Leaving Certificate Examination, 1925
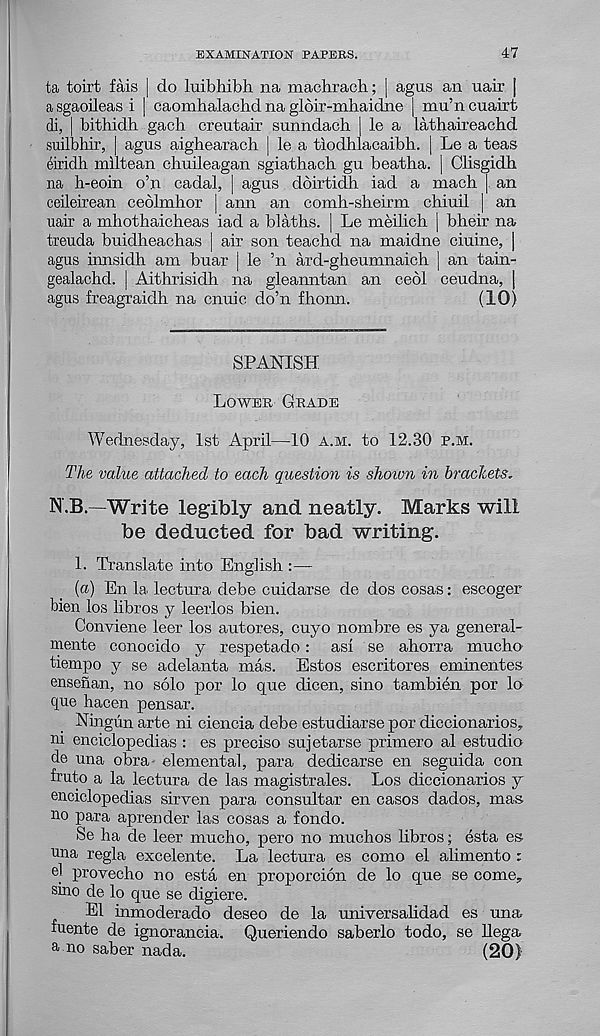
EXAMINATION PAPERS.
47
ta toirt fais j do luibhibh na machracb; | agus an uair [
a sgaoileas i | caomhalachd na gloir-mhaidne | mu’n cuairt
di, | bithidh gach creutair sunndach | le a lathaireachd
suilbhir, [ agus aighearach | le a tiodhlacaibh. | Le a teas
eiridh miltean ehuileagan sgiathach gu beatha. [ Clisgidh
na b-eoin o’n cadal, | agus dbirtidh iad a mach | an
ceileirean ceolmhor | ann an comh-sheirm chiuil | an
uair a mhothaicheas iad a blaths. | Le meilich | bheir na
treuda buidheachas | air son teachd na maidne ciuine, |
agus innsidh am buar j le ’n ard-gheumnaich | an tain-
gealachd. | Aithrisidh na gleanntan an ceol ceudna, j
agus freagraidh na cnuic do’n fhonn.
(10)
SPANISH
Lower Grade
Wednesday, 1st April—10 a.m. to 12.30 p.m.
The value attached to each question is shoivn in brachets.
N.B. -Write legibly and. neatly. Marks will
be deducted for bad writing.
1. Translate into English :—
(a) En la lectura debe cuidarse de dos cosas: escoger
bien los libros y leerlos bien.
Conviene leer los autores, cuyo nombre es ya general-
mente conocido y respetado: as! se ahorra mucho
tiempo y se adelanta mas. Estos escritores eminentes
ensenan, no solo por lo que dicen, sino tambien por lo
que hacen pensar.
Ningun arte ni ciencia debe estudiarse por diccionarios,
ni enciclopedias : es preciso sujetarse primero al estudio
de una obra elemental, para dedicarse en seguida con
fruto a la lectura de las magistrales. Los diccionarios y
enciclopedias sirven para consultar en casos dados, mas
no para aprender las cosas a fondo.
Se ha de leer mucho, pero no muchos libros; esta es
una regia excelente. La lectura es como el alimento :
el provecho no esta en proporcion de lo que se come.,
sino de lo que se digiere.
El inmoderado deseo de la universalidad es una.
fuente de ignorancia. Queriendo saberlo todo, se llega
a no saber nada.
(20)